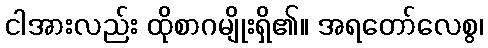
ငါအားလည်း ထိုစာဂမျိုးရှိ၏။ အရတော်လေစွ၊